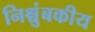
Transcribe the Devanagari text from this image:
निश्चुंबकीय